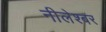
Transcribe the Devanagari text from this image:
नीलेश्बर